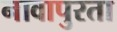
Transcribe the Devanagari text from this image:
नावापुरता